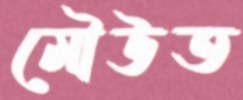
মৌউত